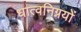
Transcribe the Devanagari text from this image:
धात्वनिग्नयों